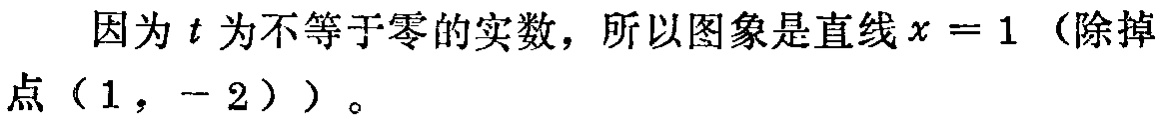
因为 \(t\) 为不等于零的实数，所以图象是直线 \(x = 1\)（除掉点 \((1, -2)\)）。